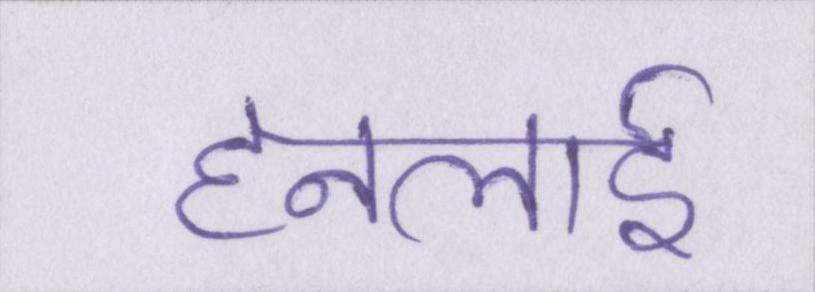
हनलाई